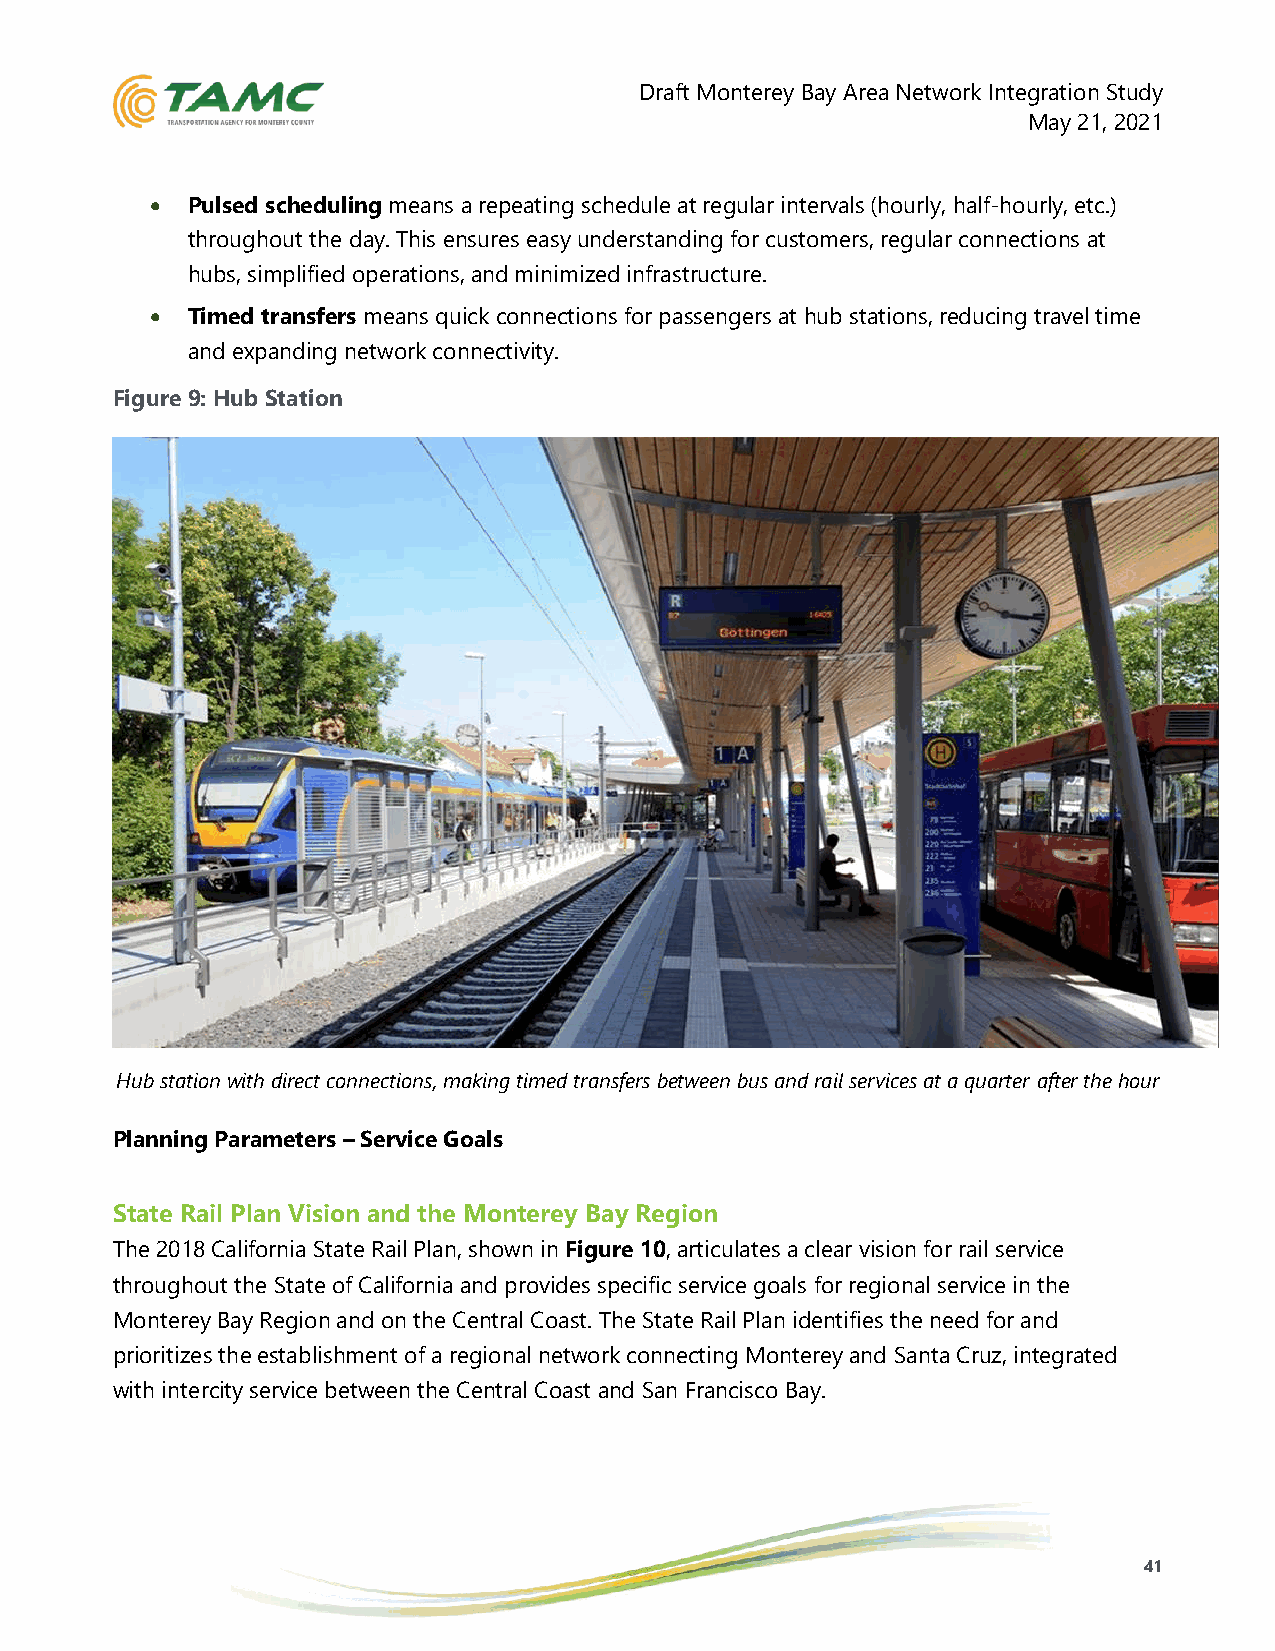
Draft Monterey Bay Area Network Integration Study
 May 21, 2021
 • Pulsed scheduling means a repeating schedule at regular intervals (hourly, half-hourly, etc.)
 throughout the day. This ensures easy understanding for customers, regular connections at
 hubs, simplified operations, and minimized infrastructure.
 • Timed transfers means quick connections for passengers at hub stations, reducing travel time
 and expanding network connectivity.
 Figure 9: Hub Station
 Hub station with direct connections, making timed transfers between bus and rail services at a quarter after the hour
 Planning Parameters – Service Goals
 State Rail Plan Vision and the Monterey Bay Region
 The 2018 California State Rail Plan, shown in Figure 10, articulates a clear vision for rail service
 throughout the State of California and provides specific service goals for regional service in the
 Monterey Bay Region and on the Central Coast. The State Rail Plan identifies the need for and
 prioritizes the establishment of a regional network connecting Monterey and Santa Cruz, integrated
 with intercity service between the Central Coast and San Francisco Bay.
 41